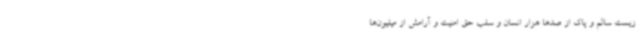
زیست سالم و پاک از صدها هزار انسان و سلب حق امنیت و آرامش از میلیون‌ها